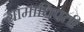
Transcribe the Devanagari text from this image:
ग्रामाधिपती